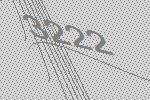
3222